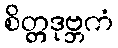
စိတ္တဒုဗ္ဘကံ